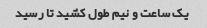
یک ساعت و نیم طول کشید تا رسید